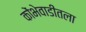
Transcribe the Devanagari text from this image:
कोंभेवाडीतला